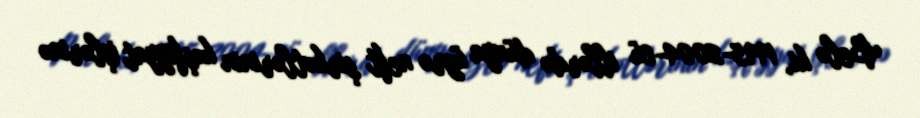
Belə ki, 1995-2004-cü illərdə dünya üzrə neft şirkətlərinin kəşfiyyat işlərinə